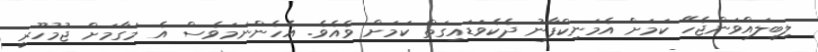
ލިބިލައްވަންޖެހޭ ކަމަށް އެމަނިކްފާނު ދެކެވަޑައިގަތް ކަމަށް ވެއެވެ. އެހެންނަމަވެސް އެ މަގާމަށް ޖުމުހޫރީ